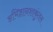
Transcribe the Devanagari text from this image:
अभिज्ञानशाकुंतल